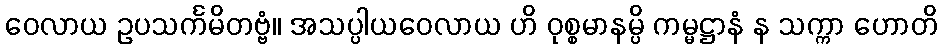
ဝေလာယ ဥပသင်္ကမိတဗ္ဗံ။ အသပ္ပါယဝေလာယ ဟိ ဝုစ္စမာနမ္ပိ ကမ္မဋ္ဌာနံ န သက္ကာ ဟောတိ